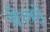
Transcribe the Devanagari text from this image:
बेल्शे